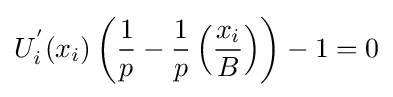
U_{i}^{'}(x_{i})\left({\frac {1}{p}}-{\frac {1}{p}}\left({\frac {x_{i}}{B}}\right)\right)-1=0